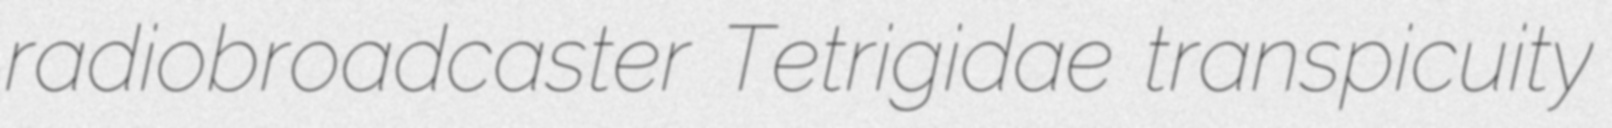
radiobroadcaster Tetrigidae transpicuity